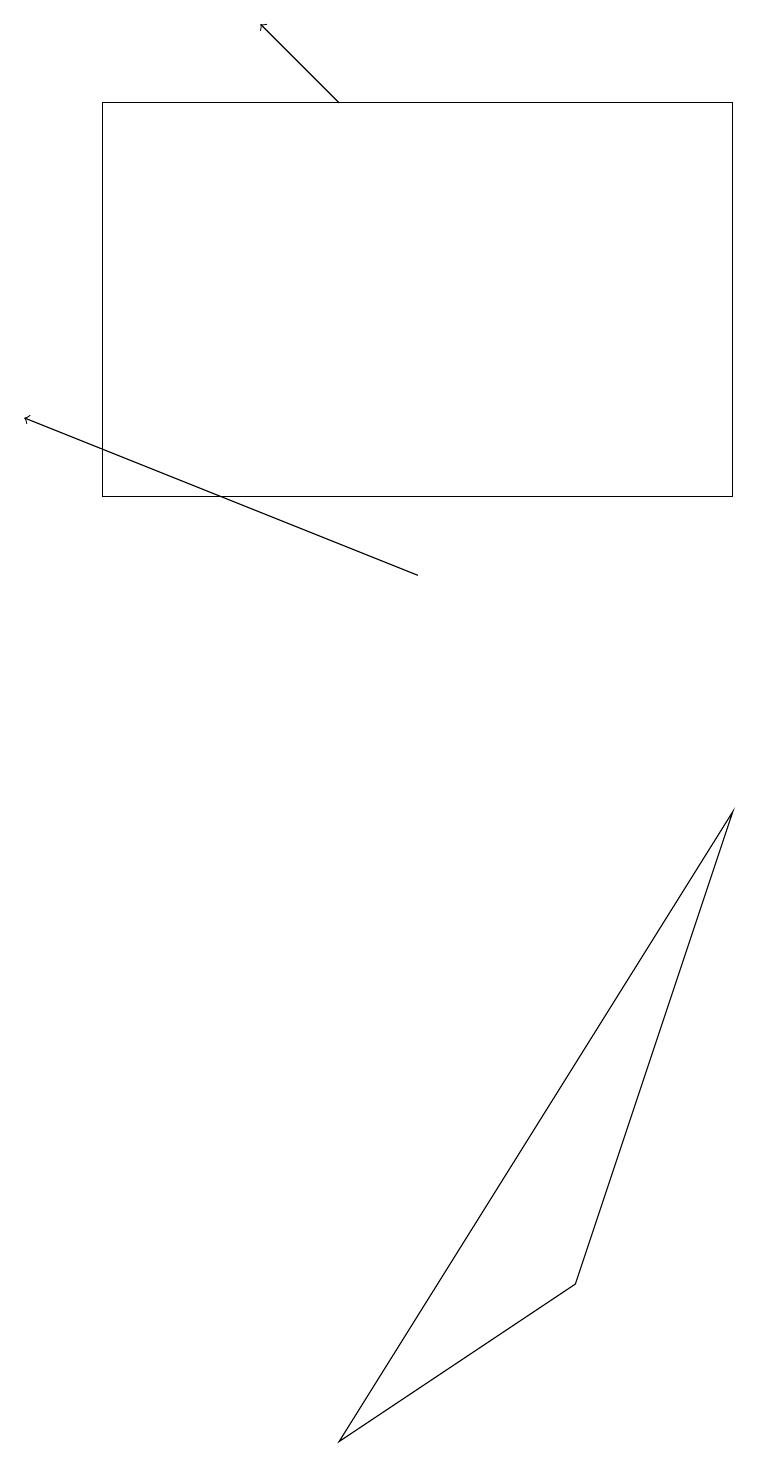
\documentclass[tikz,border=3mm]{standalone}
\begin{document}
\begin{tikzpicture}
\draw (4,0) -- (7,2) -- (9,8) -- cycle;
\draw (9,12) rectangle (1,17);
\draw[->] (5,11) -- (0,13);
\draw[->] (4,17) -- (3,18);
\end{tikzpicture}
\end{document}